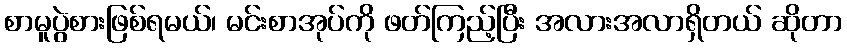
စာမူပွဲစားဖြစ်ရမယ်၊ မင်းစာအုပ်ကို ဖတ်ကြည့်ပြီး အလားအလာရှိတယ် ဆိုတာ